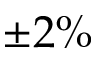
\pm 2 \%